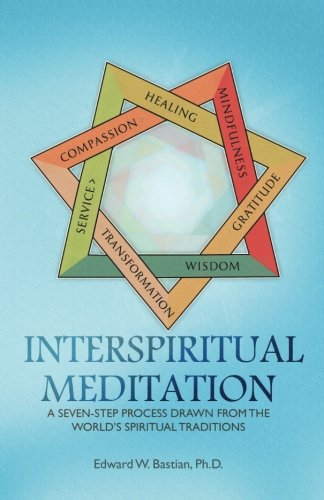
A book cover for InterSpiritual Meditation: A Seven-Step Process Drawn from  the World's Spiritual Traditions; Edward W Bastian; Christian Books & Bibles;